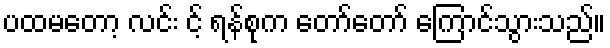
ပထမတော့ လင်း င့် ရန်စုက တော်တော် ကြောင်သွားသည်။